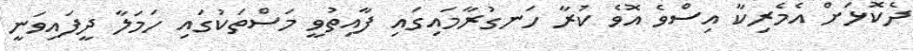
ދެކޮޅަށް އެމެރިކާ އިސްވެ އޮވެ ކުރާ ހަނގުރާމައިގައި ފާއިތުވީ މަސްތަކުގައި ހަމަލާ ދީފައިވަނީ